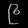
Digit: ၉